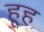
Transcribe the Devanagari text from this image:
हूह